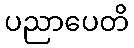
ပညာပေတိ